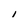
Character: i